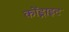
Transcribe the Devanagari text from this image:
कोंड्राइट